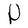
Character: P